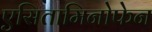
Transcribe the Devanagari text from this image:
एसितामिनोफेन